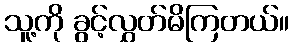
သူ့ကို ခွင့်လွှတ်မိကြတယ်။